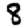
Digit: 8